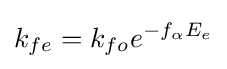
k_{fe}=k_{fo}e^{-f_{\alpha }E_{e}}